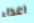
اعداء